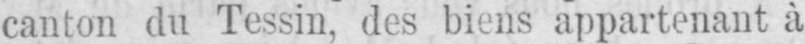
canton du Tessin, des biens appartenant à